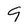
Character: 9